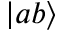
\left| a b \right\rangle